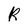
Character: R